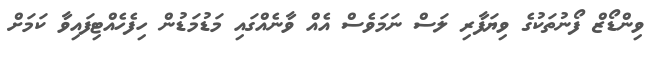
ވިންޑޯޒް ފޯނުތަކުގެ ވިޔަފާރި ލަސް ނަމަވެސް އެއް ވާނެއްގައި މަޑުމަޑުން ހިފެހެއްޓިފައިވާ ކަމަށް